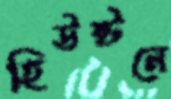
হিউস্টনে